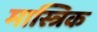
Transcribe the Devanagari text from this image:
मास्त्रिक